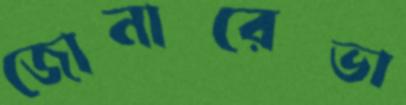
জোনারেভা